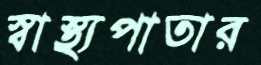
স্বাস্থ্যপাতার